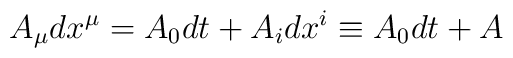
A_\mu dx^\mu=A_0 dt+A_i dx^i\equiv A_0 dt+A